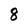
Character: 8